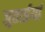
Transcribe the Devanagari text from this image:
जुताईयां